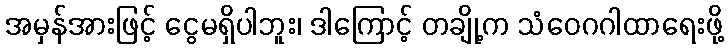
အမှန်အားဖြင့် ငွေမရှိပါဘူး၊ ဒါကြောင့် တချို့က သံဝေဂဂါထာရေးဖို့